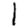
Digit: 1